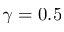
\gamma = 0 . 5